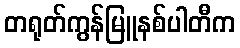
တရုတ်ကွန်မြူနစ်ပါတီက